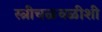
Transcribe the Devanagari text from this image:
स्त्रीचळवळीशी